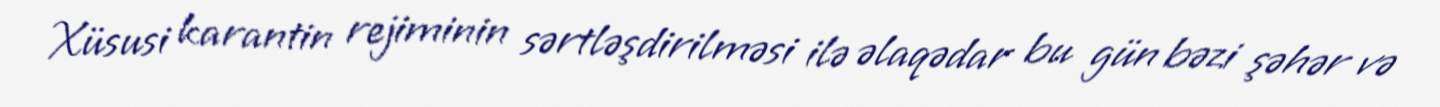
Xüsusi karantin rejiminin sərtləşdirilməsi ilə əlaqədar bu gün bəzi şəhər və